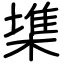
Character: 𣙇